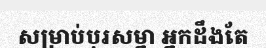
សម្រាប់បុរសម្នា អ្នកដឹងតែ